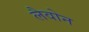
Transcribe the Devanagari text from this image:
लैवोन